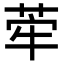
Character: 𦰤